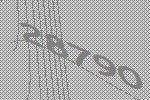
28790